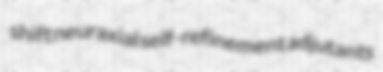
shift neuraxial self-refinement adjutants